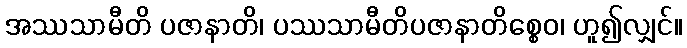
အဿသာမီတိ ပဇာနာတိ၊ ပဿသာမီတိပဇာနာတိစ္စေဝ၊ ဟူ၍လျှင်။